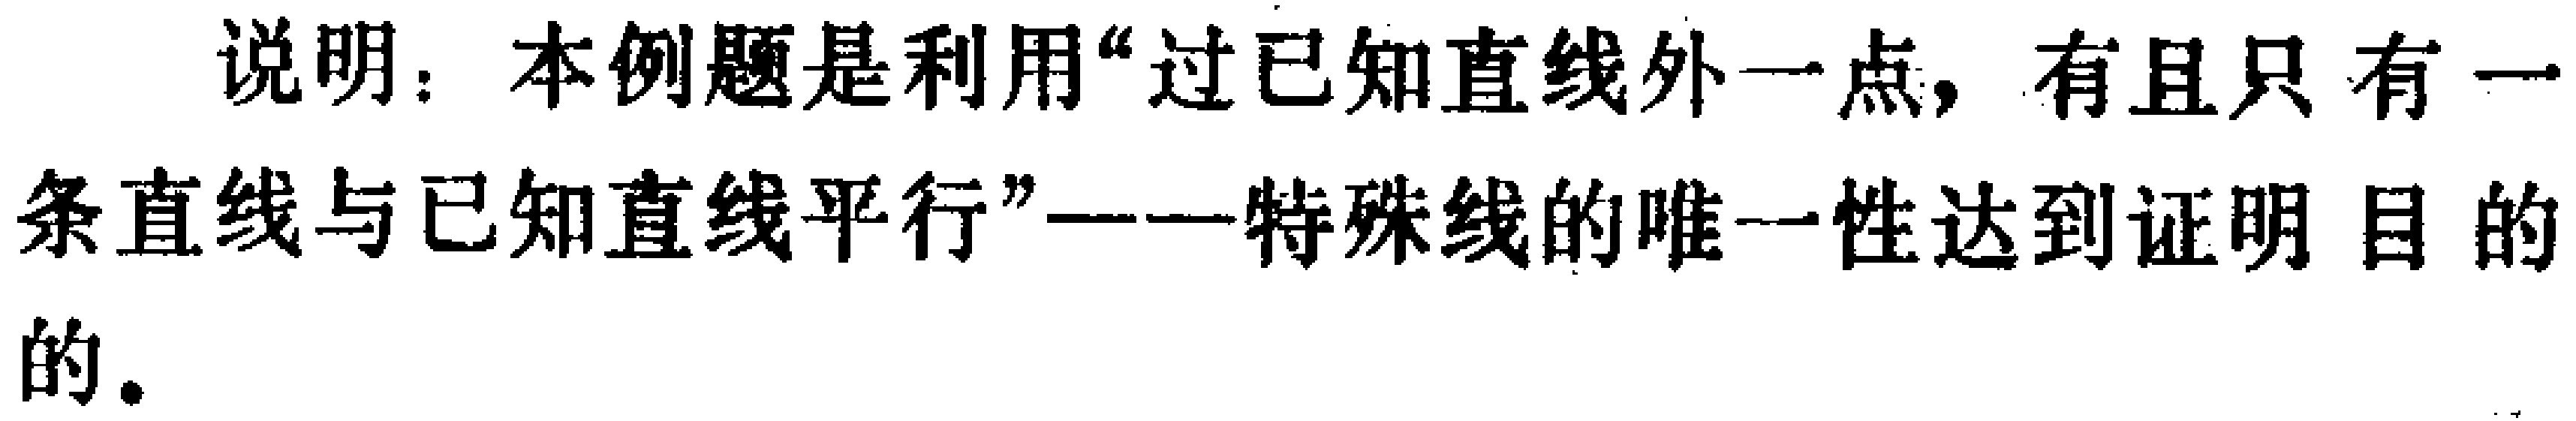
说明：本例题是利用“过已知直线外一点，有且只有一
条直线与已知直线平行”——特殊线的唯一性达到证明 目 的
的。